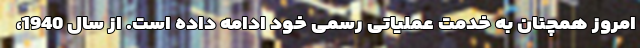
امروز همچنان به خدمت عملیاتی رسمی خود ادامه داده است. از سال 1940،